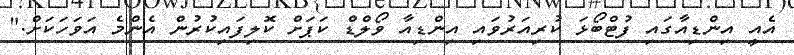
އެއީ އިންޑިއާގައި ފުޓްބޯޅަ ކުރިއަރުވައި އިންޑިއާ ވޯލްޑް ކަޕަށް ކޮލިފައިކުރުން އެންމެ އަވަހަކަށް."